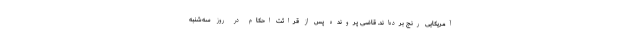
آمریکایی رنج برده‌اند. قاضی پرونده پس از قرائت احکام در روز سه‌شنبه